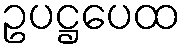
ဥပဋ္ဌပေထ